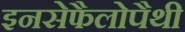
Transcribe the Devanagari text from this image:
इनसेफैलोपैथी